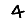
Digit: 4